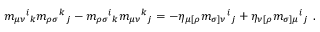
m _ { \mu \nu } { } ^ { i } { } _ { k } m _ { \rho \sigma } { } ^ { k } { } _ { j } - m _ { \rho \sigma } { } ^ { i } { } _ { k } m _ { \mu \nu } { } ^ { k } { } _ { j } = - \eta _ { \mu [ \rho } m _ { \sigma ] \nu } { } ^ { i } { } _ { j } + \eta _ { \nu [ \rho } m _ { \sigma ] \mu } { } ^ { i } { } _ { j } \ .